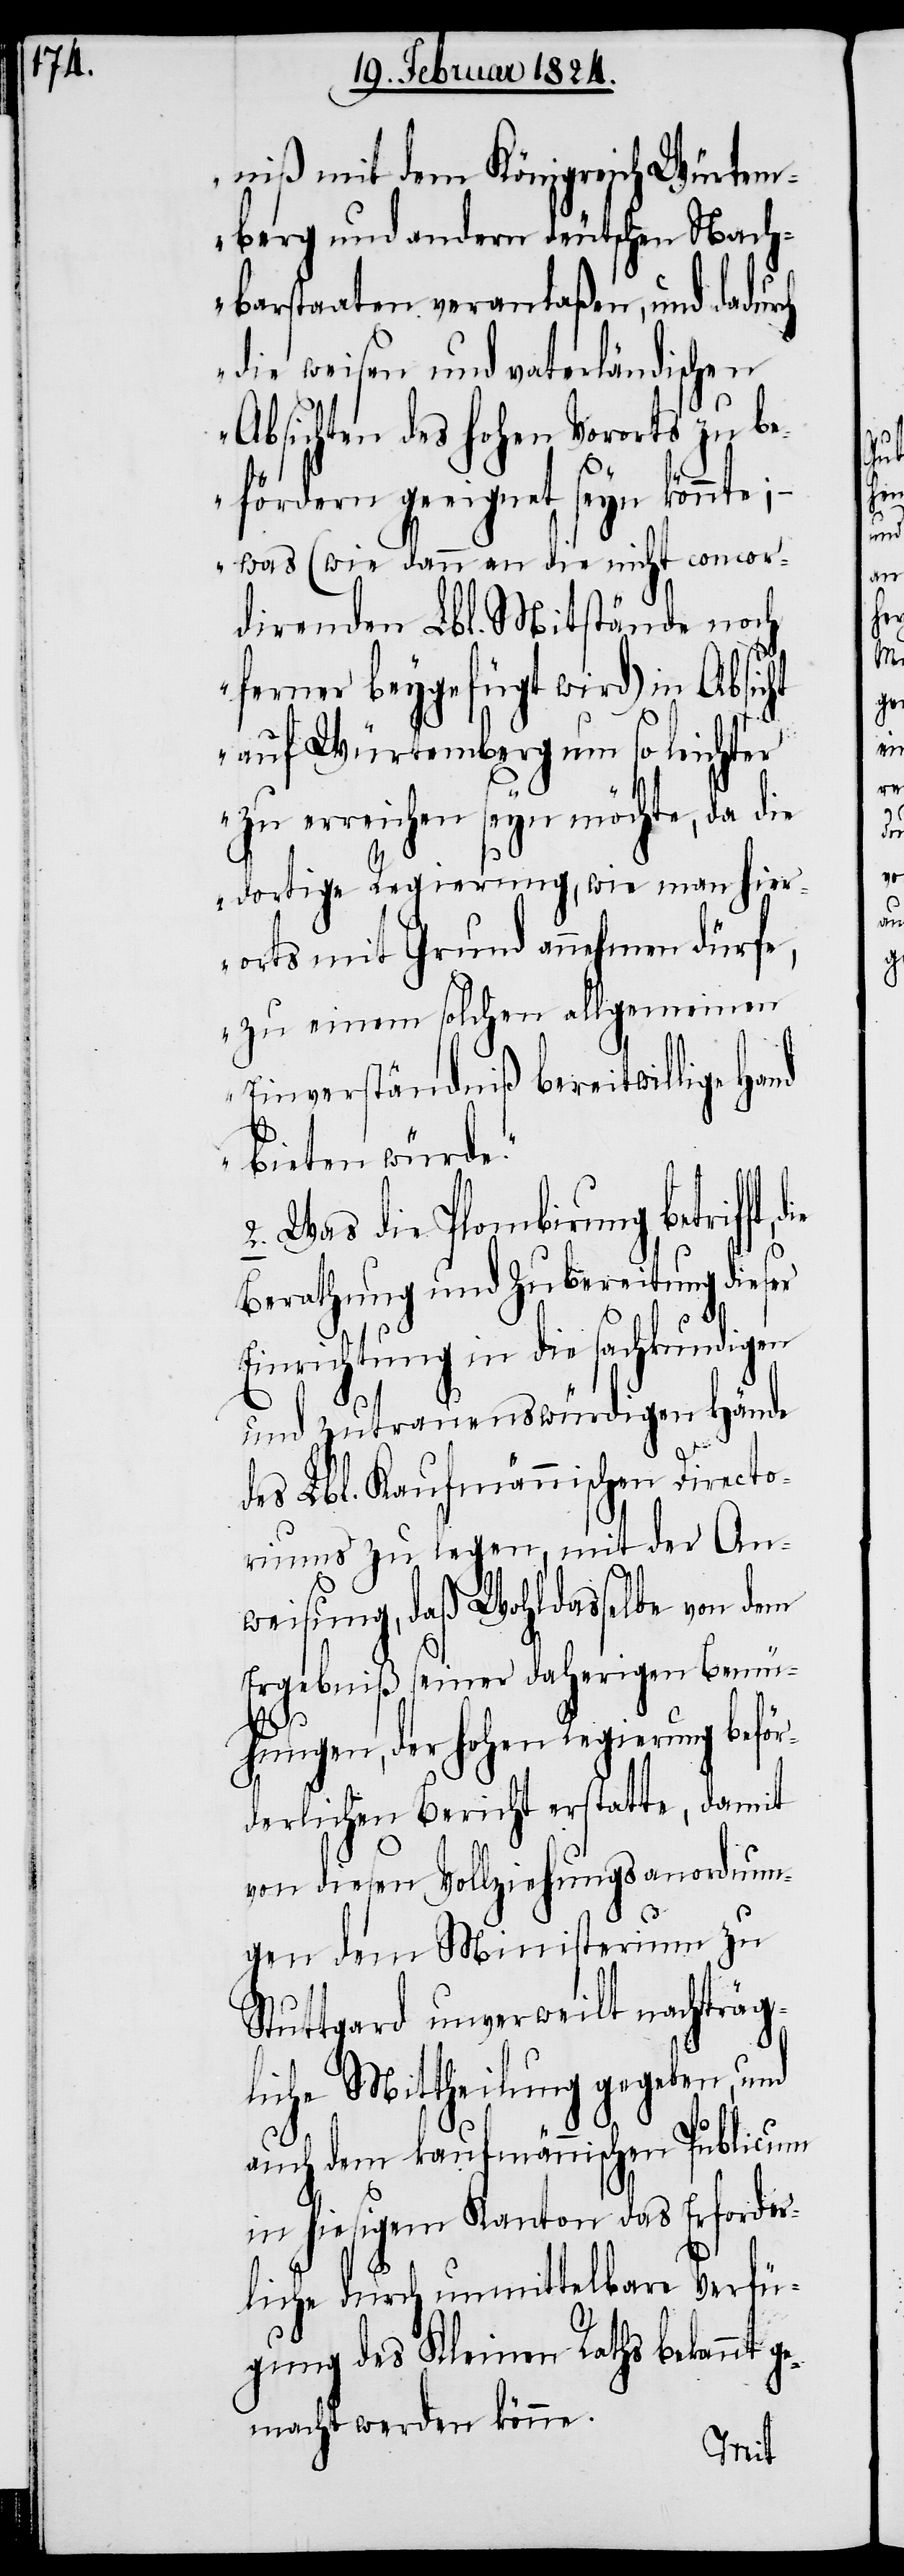
niß mit dem Königreich Würtem¬
berg und andern deutschen Nach¬
barstaaten veranlaßen, und dadur¬
die weisen und vaterländischen
Absichten des hohen Vororts zu be¬
fördern geeignet seyn könnte; –
was (wie dann an die nicht concor¬
direnden Lbl. Mitstände noch
ferner beygefügt wird) in Absicht
auf Würtemberg um so leichter
zu erreichen seyn möchte, da die
dortige Regierung, wie man hier¬
orts mit Grund annehmen dürfe,
zu einem solchen allgemeinen
Einverständniß bereitwillig Hand
bieten würde.“
2.) Was die Plombirung betrifft,
Berathung und Zubereitung dieser
Einrichtung in die sachkundigen
und zutrauenswürdigen Hände
des Lbl. Kaufmännischen Directo¬
riums zu legen, mit der An¬
weisung, daß Wohldasselbe von dem
Ergebniß seiner daherigen Bemü¬
ch
hungen, der hohen Regierung beför¬
derlichen Bericht erstatte, damit
von diesen Vollziehungsanordnun¬
gen dem Ministerium zu
Stuttgard unverweilt nachträg¬
liche Mittheilung gegeben, und
auch dem kaufmännischen Publicum
in hiesigem Kanton das Erforder¬
liche durch unmittelbare Verfü¬
gung des Kleinen Raths bekannt g¬
emacht werden könne.